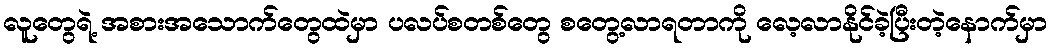
လူတွေရဲ့ အစားအသောက်တွေထဲမှာ ပလပ်စတစ်တွေ စတွေ့လာရတာကို လေ့လာနိုင်ခဲ့ပြီးတဲ့နောက်မှာ